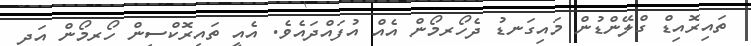
ތައިރޮއިޑް ގްލޭންޑުން މައިގަނޑު ދެހޯރމޯން އެއް އުފައްދައެވެ. އެއީ ތައިރޮކްސިން ހޯރމޯން އަދި